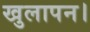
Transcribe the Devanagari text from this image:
खुलापन।